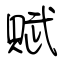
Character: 賦